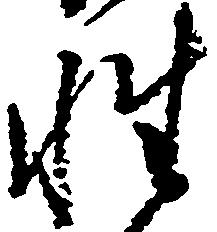
性